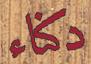
دكناء